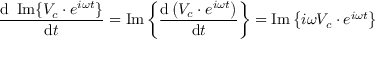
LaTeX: { \frac { \mathrm { d } \ \operatorname { I m } \{ V _ { c } \cdot e ^ { i \omega t } \} } { \mathrm { d } t } } = \operatorname { I m } \left\{ { \frac { \mathrm { d } \left( V _ { c } \cdot e ^ { i \omega t } \right) } { \mathrm { d } t } } \right\} = \operatorname { I m } \left\{ i \omega V _ { c } \cdot e ^ { i \omega t } \right\}